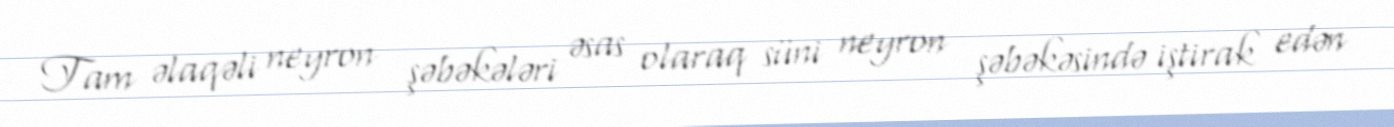
Tam əlaqəli neyron şəbəkələri əsas olaraq süni neyron şəbəkəsində iştirak edən